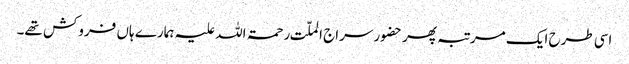
اسی طرح ایک مرتبہ پھر حضور سراج الملّت رحمۃ اللہ علیہ ہمارے ہاں فروکش تھے۔